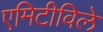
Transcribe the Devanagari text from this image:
एमिटीविले